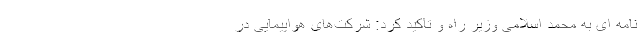
نامه ای به محمد اسلامی وزیر راه و تاکید کرد: شرکت‌های هواپیمایی در